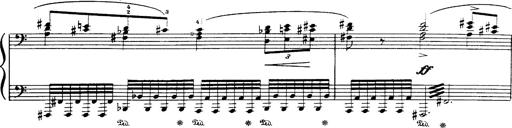
Title: Danza sacra e duetto finale dâ€™Aida
Composer: Franz Liszt